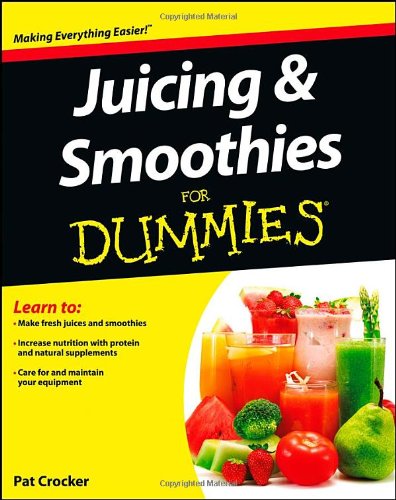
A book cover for Juicing and Smoothies For Dummies; Pat Crocker; Cookbooks, Food & Wine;